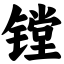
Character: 镗